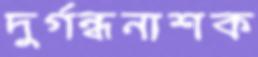
দুর্গন্ধনাশক